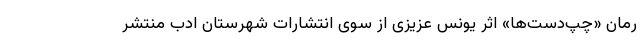
رمان «چپ‌دست‌ها» اثر یونس عزیزی از سوی انتشارات شهرستان ادب منتشر